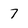
Character: 7